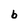
Character: b